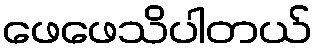
ဖေဖေသိပါတယ်